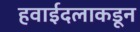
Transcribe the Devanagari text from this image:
हवाईदलाकडून